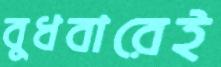
বুধবারেই